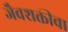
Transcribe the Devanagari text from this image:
जैवशक्तीचा